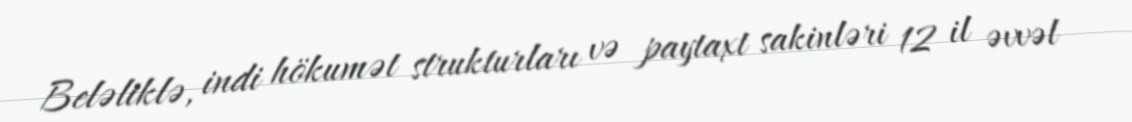
Beləliklə, indi hökumət strukturları və paytaxt sakinləri 12 il əvvəl